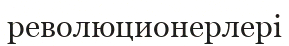
революционерлері